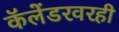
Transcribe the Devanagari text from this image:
कॅलेंडरवरही